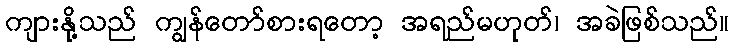
ကျားနို့သည် ကျွန်တော်စားရတော့ အရည်မဟုတ်၊ အခဲဖြစ်သည်။